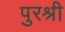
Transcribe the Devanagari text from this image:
पुरश्री